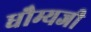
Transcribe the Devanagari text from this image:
धौम्यजी